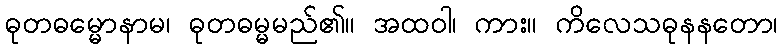
ဓုတဓမ္မောနာမ၊ ဓုတဓမ္မမည်၏။ အထဝါ၊ ကား။ ကိလေသဓုနနတော၊